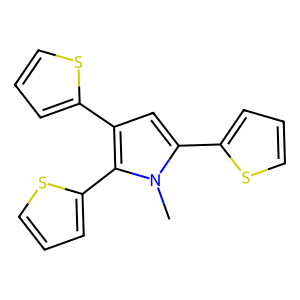
SMILES: Cn1c(-c2cccs2)cc(-c2cccs2)c1-c1cccs1
Inhibits HIV replication: No